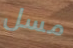
مسل